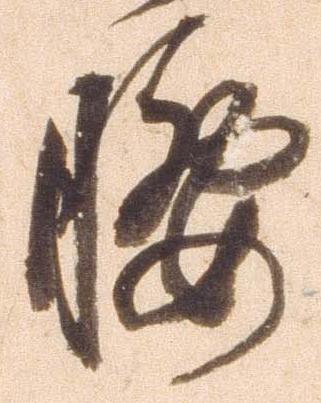
腰